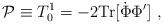
LaTeX: \begin{align*}{\cal P} \equiv T_{0}^{1}= - 2{\rm Tr}[\dot{\Phi} \Phi'] \ ,\end{align*}